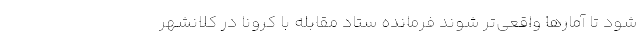
شود تا آمارها واقعی‌تر شوند فرمانده ستاد مقابله با کرونا در کلانشهر